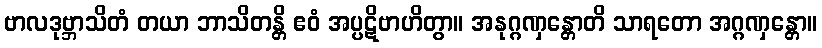
ဗာလဒုဗ္ဘာသိတံ တယာ ဘာသိတန္တိ ဧဝံ အပ္ပဋိဗာဟိတွာ။ အနုဂ္ဂဏှန္တောတိ သာရတော အဂ္ဂဏှန္တော။